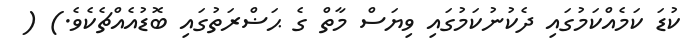
ކުޑަ ކަމެއްކަމުގައި ދެކުނުކަމުގައި ވިޔަސް މާތް ގެ ޙަޟްރަތުގައި ބޮޑުއެއްޗެކެވެ.) (